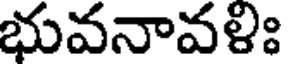
భువనావళిః